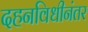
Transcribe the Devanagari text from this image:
दहनविधीनंतर